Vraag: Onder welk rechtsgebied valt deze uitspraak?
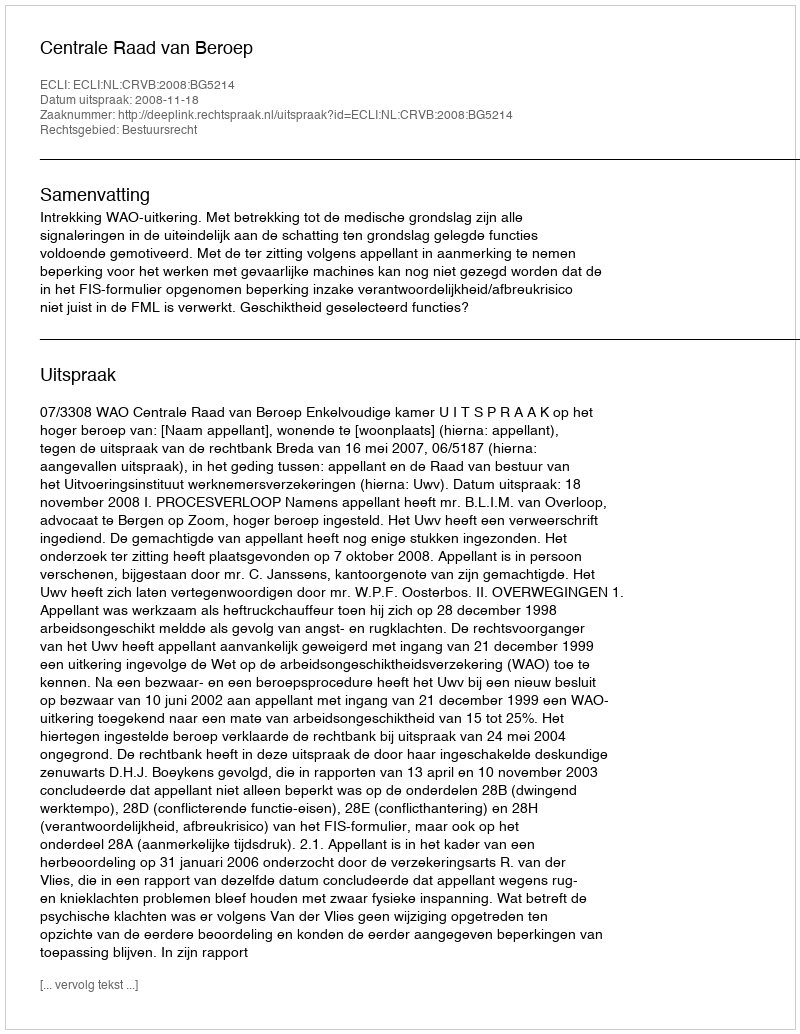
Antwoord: Bestuursrecht